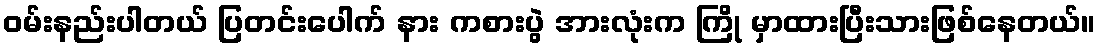
ဝမ်းနည်းပါတယ် ပြတင်းပေါက် နား ကစားပွဲ အားလုံးက ကြို မှာထားပြီးသားဖြစ်နေတယ်။